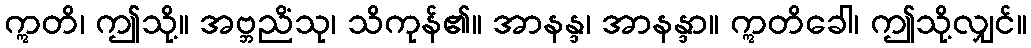
ဣတိ၊ ဤသို့။ အဗ္ဘညိံသု၊ သိကုန်၏။ အာနန္ဒ၊ အာနန္ဒာ။ ဣတိခေါ၊ ဤသို့လျှင်။